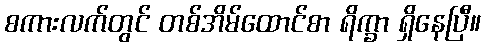
စကားလက်တွင် တစ်အိမ်ထောင်စာ ရိက္ခာ ရှိနေပြီ။